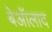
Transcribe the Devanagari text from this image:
बेऑलाद